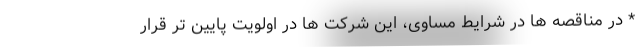
* در مناقصه ها در شرایط مساوی، این شرکت ها در اولویت پایین تر قرار